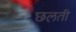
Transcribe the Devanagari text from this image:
छलती